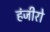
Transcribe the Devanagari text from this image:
हंजीरो